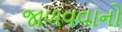
જાળવવાનો